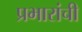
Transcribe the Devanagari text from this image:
प्रभारांची